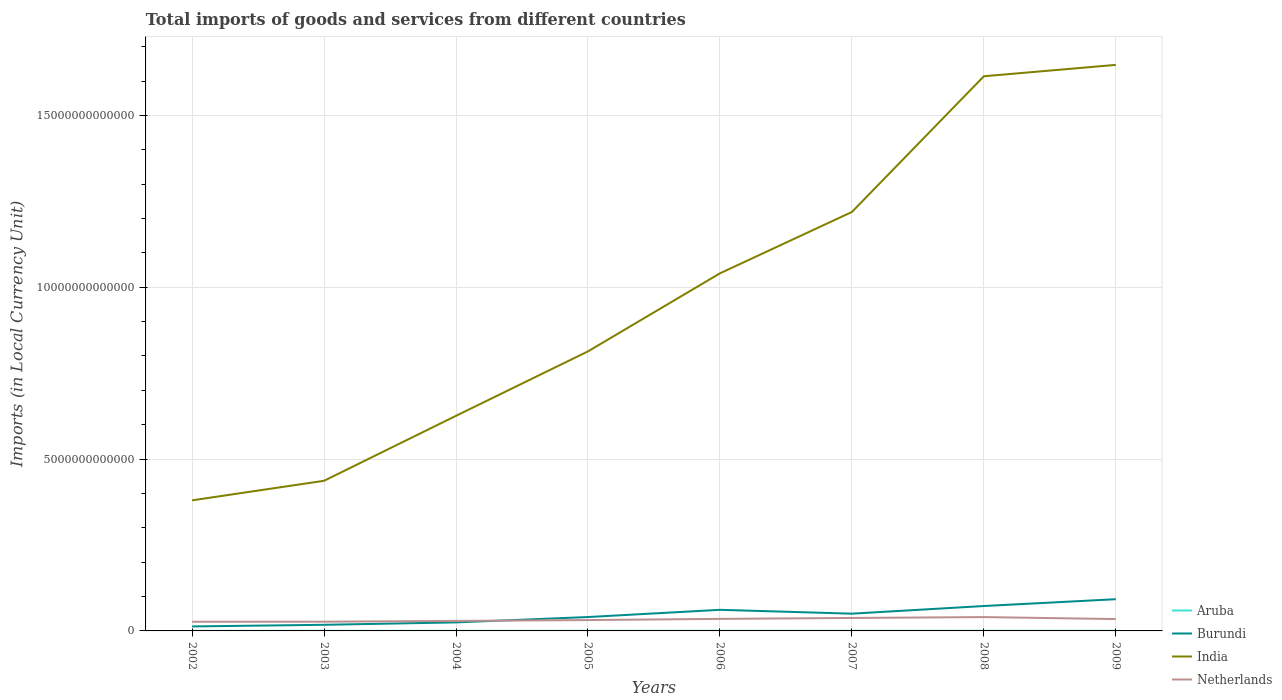
| Years | Aruba | Burundi | India | Netherlands |
 | --- | --- | --- | --- | --- |
 | 2002 | 2.41e+09 | 1.31e+11 | 3.8e+12 | 2.67e+11 |
 | 2003 | 2.56e+09 | 1.78e+11 | 4.37e+12 | 2.68e+11 |
 | 2004 | 2.74e+09 | 2.48e+11 | 6.26e+12 | 2.91e+11 |
 | 2005 | 3.25e+09 | 4.04e+11 | 8.13e+12 | 3.16e+11 |
 | 2006 | 3.38e+09 | 6.14e+11 | 1.04e+13 | 3.51e+11 |
 | 2007 | 3.59e+09 | 5.02e+11 | 1.22e+13 | 3.77e+11 |
 | 2008 | 3.74e+09 | 7.25e+11 | 1.61e+13 | 4.03e+11 |
 | 2009 | 3.41e+09 | 9.23e+11 | 1.65e+13 | 3.45e+11 |